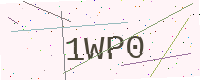
Text: 1WP0